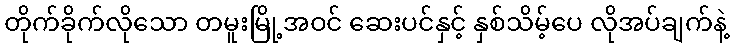
တိုက်ခိုက်လိုသော တမူးမြို့အဝင် ဆေးပင်နှင့် နှစ်သိမ့်ပေ လိုအပ်ချက်နဲ့